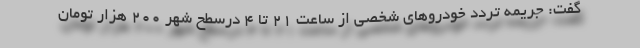
گفت: جریمه تردد خودروهای شخصی از ساعت 21 تا 4 درسطح شهر 200 هزار تومان